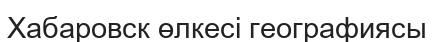
Хабаровск өлкесі географиясы